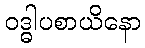
ဝဒ္ဓါပစာယိနော